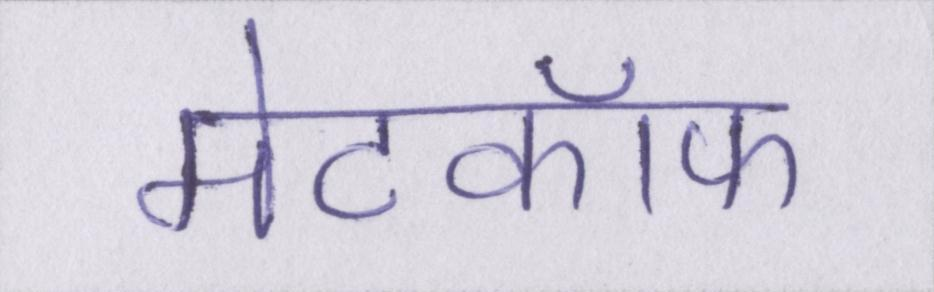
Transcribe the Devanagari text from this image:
मेटकॉफ